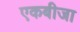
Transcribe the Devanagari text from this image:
एकबीजा